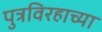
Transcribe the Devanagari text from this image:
पुत्रविरहाच्या